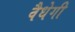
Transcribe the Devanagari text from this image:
वैधेगी